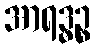
အာရဒ္ဓဉ္စ